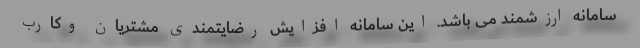
سامانه ارزشمند می باشد. این سامانه افزایش رضایتمندی مشتریان وکارب